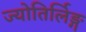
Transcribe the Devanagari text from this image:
ज्योतिर्लिङ्ग